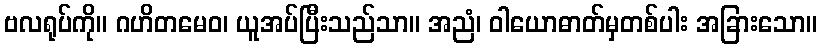
ဗလရုပ်ကို။ ဂဟိတမေဝ၊ ယူအပ်ပြီးသည်သာ။ အညံ၊ ဝါယောဓာတ်မှတစ်ပါး အခြားသော။